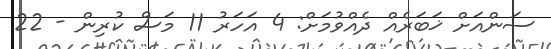
ސަންއަށް ޚަބަރެއް ދެއްވުމަށް: 4 އަހަރު 11 މަސް ކުރިން - 22